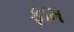
ફામ